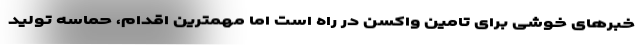
خبرهای خوشی برای تامین واکسن در راه است اما مهمترین اقدام، حماسه تولید